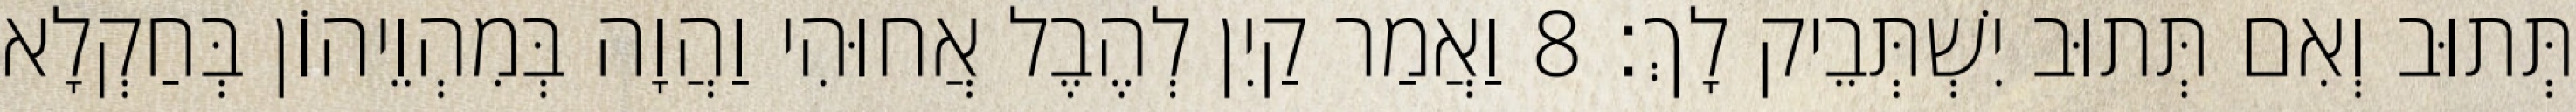
תְּתוּב וְאִם תְּתוּב יִשְׁתְּבֵיק לָךְ׃ 8 וַאֲמַר קַיִן לְהֶבֶל אֲחוּהִי וַהֲוָה בְּמִהְוֵיהוֹן בְּחַקְלָא